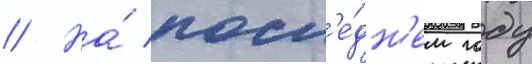
// На́ посл'е́дн'ем году